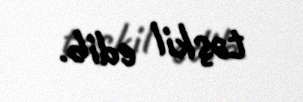
təşkil edib.